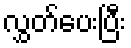
လွှတ်ပေးပြီး